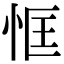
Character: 恇